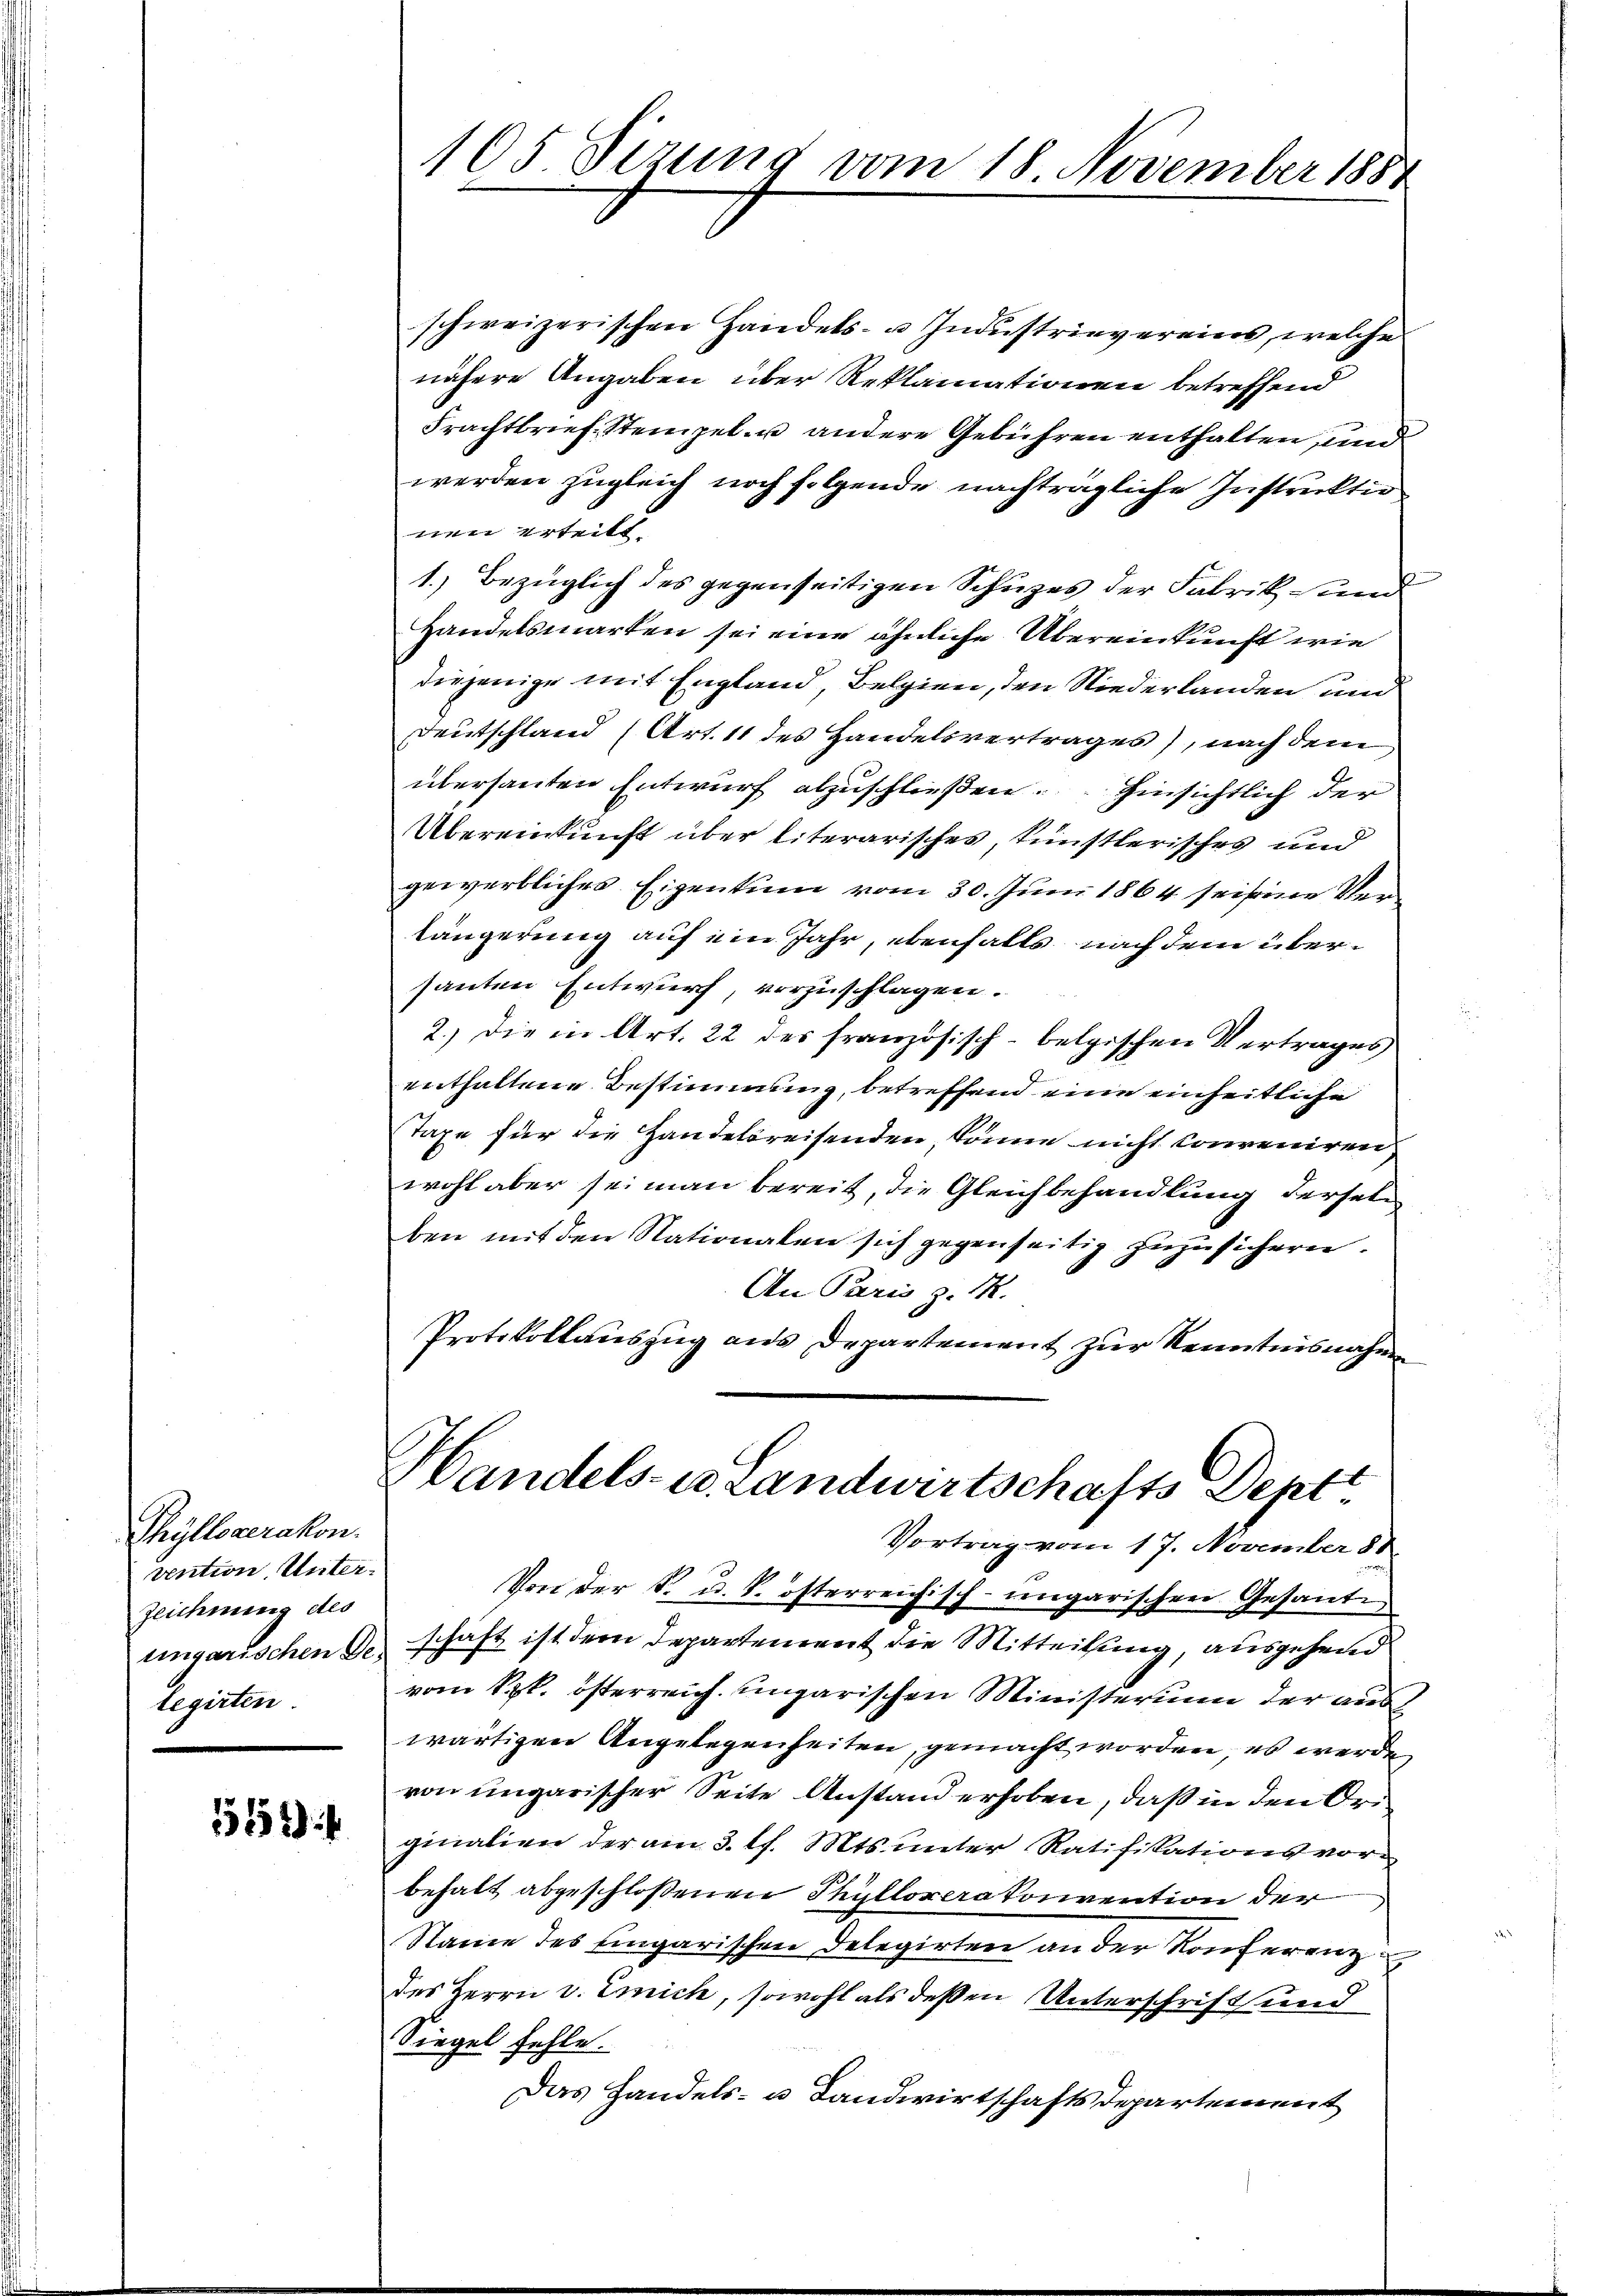
Thylloverakon.
vention Unter-
Zeichnung des
legirten.

1552) f

105 Sizung vom 18 November 1881

Handels- u. Landwirtschafts Deptt

schweizerischen Handels- u. Industrievereins, welche
nähere Angaben über Reklamationen betreffend
Frachtbrief, Stempel- u andere Gebühren enthalten, und
werden zugleich noch folgende nachträgliche Instruktio
nen erteilt.
1.) Bezüglich des gegenseitigen Schuzes der Fabrik und
Handelsmarken sei eine ähnliche Übereinkunft wie
diejenige mit England, Belgien, den Niederlanden und
Deutschland (Art. 11 des Handelsvertrages), nach dem
übersanten Entwurf abzuschließen. Hinsichtlich der
Übereinkunft über literarisches, künstlerisches und
gewerbliches Eigentum vom 30. Juni 1864 sei seine Verlängerung auf ein Jahr, ebenfalls nach dem übersanten Entwurf, vorzuschlagen.
2.) Die in Art. 22 des französisch-belgischen Vertrages
enthaltene Bestimmung, betreffend eine einheitliche
Taxe für die Handelsreisenden, könne nicht conveniren
wohl aber sei man bereit, die Gleichbehandlung derselben mit den Nationalen sich gegenseitig zuzusichern.
An Paris z. R.
Protokollauszug aus Departement zur Kenntnisnahme

Vortrag vom 17. November 81.
Von der k. u. k. österreichisch-ungarischen Gesante
ungarischen Geschäft ist dem Departement die Mitteilung, ausgehend
vom kk. österreich ungarischen Ministerium der auswärtigen Angelegenheiten, gemacht worden, es werde
von ungarischer Seite Anstand erhoben, daß in den Ori
ginalien der am 3. l. Mts. unter Ratifikationsvorbehalt abgeschlossenen Thülloverakonvention der
Name des Eingarischen Delegirten an der Konferenz
des Herrn v. Emich, sowohl als deßen Unterschrift und
Siegel fehle.
Das Handels- u. Landwirtschaftsdepartement

n